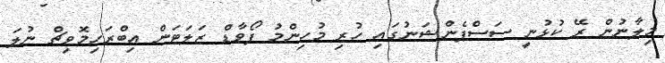
މިލާނުން ރޭ ކުޅުނީ ސަސްޕެންޝަނުގައި ހުރި މުހިންމު ފޯވާޑް ޒަލަޓަން އިބްރަހިމޮވިޗް ނުލަ